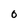
Character: 0